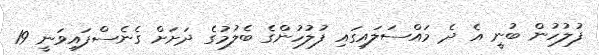
ފުލުހުން ބުނީ އެ ދެ މައްސަލައިގައި ފުލުހުންގެ ބެލުމުގެ ދަށަށް ގެނެސްފައިވަނީ 19